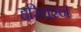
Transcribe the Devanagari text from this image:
हरिचरन